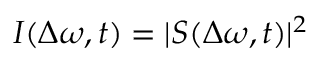
I ( \Delta \omega , t ) = \lvert S ( \Delta \omega , t ) \rvert ^ { 2 }